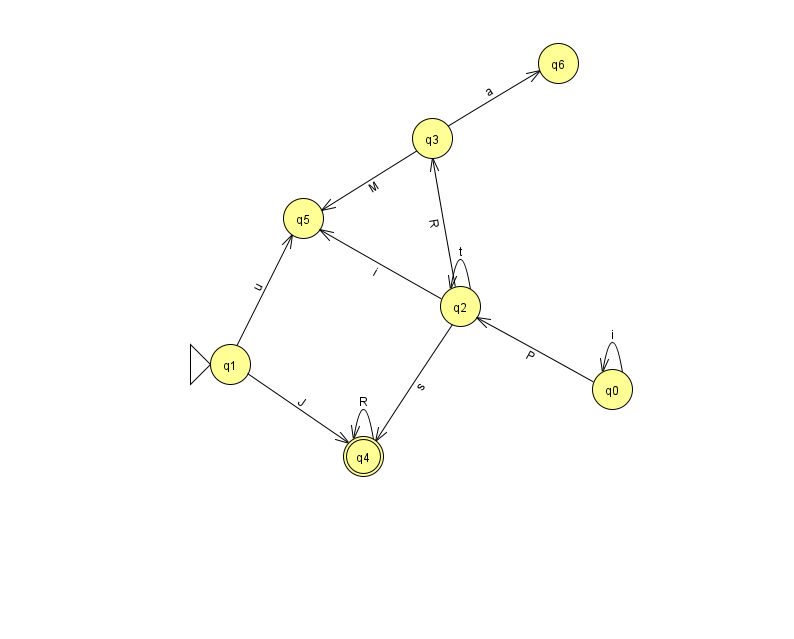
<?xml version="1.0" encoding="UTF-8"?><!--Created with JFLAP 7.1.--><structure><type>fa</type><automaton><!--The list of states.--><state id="0" name="q0"><x>612.0</x><y>376.0</y></state><state id="1" name="q1"><x>230.0</x><y>351.0</y><initial/></state><state id="2" name="q2"><x>460.0</x><y>293.0</y></state><state id="3" name="q3"><x>432.0</x><y>125.0</y></state><state id="4" name="q4"><x>363.0</x><y>443.0</y><final/></state><state id="5" name="q5"><x>303.0</x><y>205.0</y></state><state id="6" name="q6"><x>558.0</x><y>50.0</y></state><!--The list of transitions.--><transition><from>2</from><to>5</to><read>i</read></transition><transition><from>3</from><to>6</to><read>a</read></transition><transition><from>4</from><to>4</to><read>R</read></transition><transition><from>1</from><to>4</to><read>J</read></transition><transition><from>3</from><to>5</to><read>M</read></transition><transition><from>2</from><to>2</to><read>t</read></transition><transition><from>2</from><to>3</to><read>R</read></transition><transition><from>1</from><to>5</to><read>u</read></transition><transition><from>0</from><to>0</to><read>i</read></transition><transition><from>2</from><to>4</to><read>s</read></transition><transition><from>0</from><to>2</to><read>P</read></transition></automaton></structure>